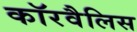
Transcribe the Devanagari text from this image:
कॉरवैलिस